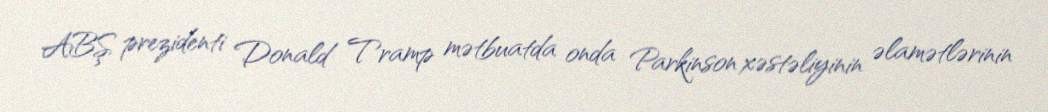
ABŞ prezidenti Donald Tramp mətbuatda onda Parkinson xəstəliyinin əlamətlərinin